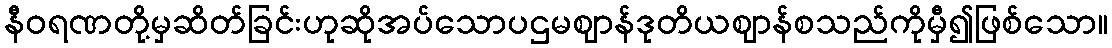
နီဝရဏတို့မှဆိတ်ခြင်းဟုဆိုအပ်သောပဌမဈာန်ဒုတိယဈာန်စသည်ကိုမှီ၍ဖြစ်သော။